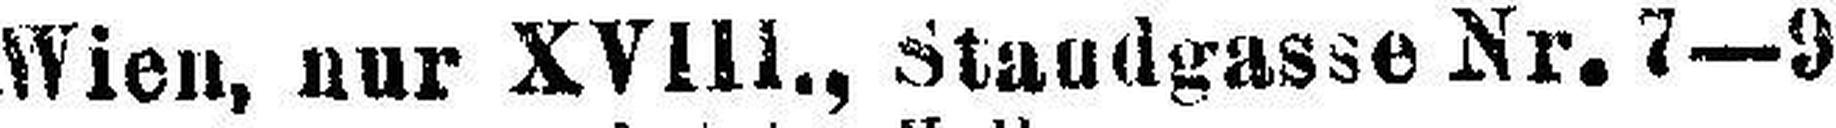
Wien, nur XVIII., Standgasse Nr. 7—9